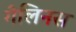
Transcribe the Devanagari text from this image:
गेलिनस